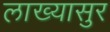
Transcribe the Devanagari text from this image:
लाख्यासुर